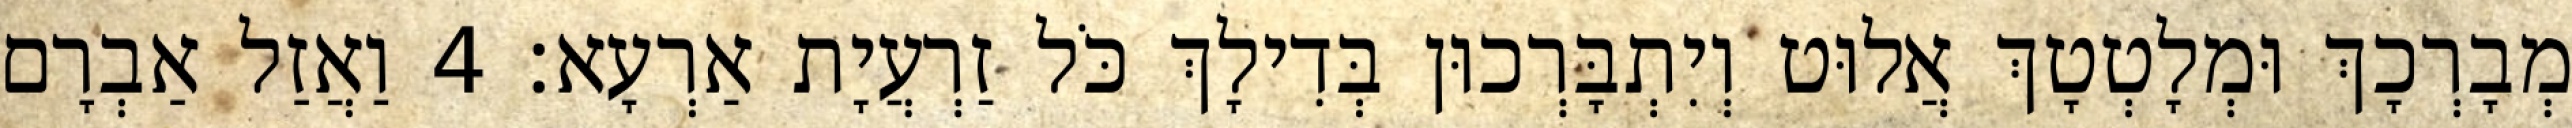
מְבָרְכָךְ וּמְלָטְטָךְ אֲלוּט וְיִתְבָּרְכוּן בְּדִילָךְ כֹּל זַרְעֲיָת אַרְעָא׃ 4 וַאֲזַל אַבְרָם